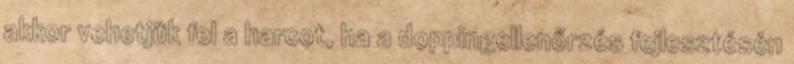
akkor vehetjük fel a harcot, ha a doppingellenőrzés fejlesztésén